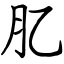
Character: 肊